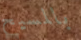
بالمسيح